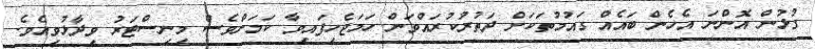
ގުޅުން އޮންނަ އެހެން ބައެއް ގައުމުތަކަށް ދަތުރުކުރައްވަން ހަމަޖެހިފައިވާ ކަމަށްވެސް މިނިސްޓަރު ވިދާޅުވިއެވެ.